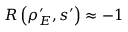
R \left( \rho _ { E } ^ { \prime } , s ^ { \prime } \right) \approx - 1